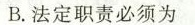
B.法定职责必须为